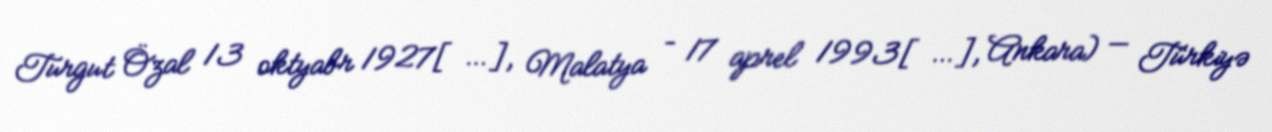
Turgut Özal 13 oktyabr 1927[…], Malatya – 17 aprel 1993[…], Ankara) — Türkiyə